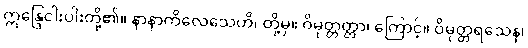
ဣန္ဒြေငါးပါးတို့၏။ နာနာကိလေသေဟိ၊ တို့မှ။ ဝိမုတ္တတ္တာ၊ ကြောင့်။ ဝိမုတ္တရသေန၊